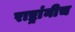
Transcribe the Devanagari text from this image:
राष्ट्रांनीच